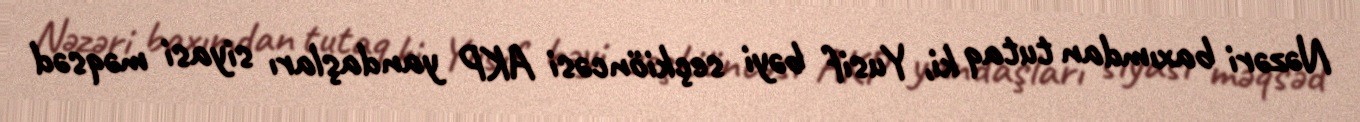
Nəzəri baxımdan tutaq ki, Yusif bəyi seçkiöncəsi AKP yandaşları siyasi məqsəd